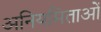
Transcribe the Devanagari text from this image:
अनियमिताओं